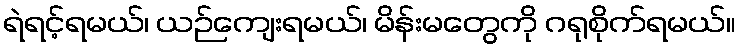
ရဲရင့်ရမယ်၊ ယဉ်ကျေးရမယ်၊ မိန်းမတွေကို ဂရုစိုက်ရမယ်။